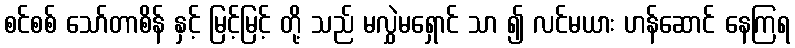
စင်စစ် သော်တာစိန် နှင့် မြင့်မြင့် တို့ သည် မလွှဲမရှောင် သာ ၍ လင်မယား ဟန်ဆောင် နေကြရ